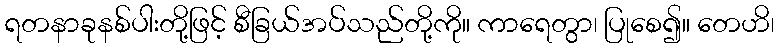
ရတနာခုနစ်ပါးတို့ဖြင့် စီခြယ်အပ်သည်တို့ကို။ ကာရေတွာ၊ ပြုစေ၍။ တေဟိ၊